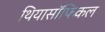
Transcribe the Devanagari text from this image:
थियासॉफिकल